Plague in India, 1896, 1897 - Volume 2
Year: 1896
Disease focus: Plague
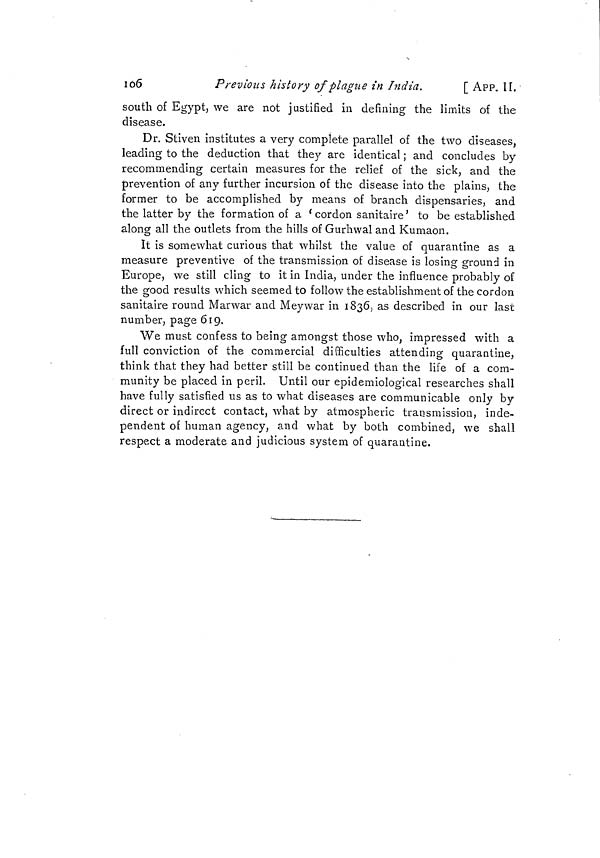
106
Previous history of plague in India.
[App. II.
south of Egypt, we are not justified in defining the limits of the
disease.
Dr. Stiven institutes a very complete parallel of the two diseases,
leading to the deduction that they are identical ; and concludes by
recommending certain measures for the relief of the sick, and the
prevention of any further incursion of the disease into the plains, the
former to be accomplished by means of branch dispensaries, and
the latter by the formation of a 'cordon sanitaire' to be established
along all the outlets from the hills of Gurhwal and Kumaon.
O
It is somewhat curious that whilst the value of quarantine as a
measure preventive of the transmission of disease is losing ground in
Europe, we still cling to it in India, under the influence probably of
the good results which seemed to follow the establishment of the cordon
O
sanitaire round Marwar and Meywar in 1836, as described in our last
number, page 619.
We must confess to being amongst those who, impressed with a
full conviction of the commercial difficulties attending quarantine,
think that they had better still be continued than the life of a com-
munity be placed in peril. Until our epidemiological researches shall
have fully satisfied us as to what diseases are communicable only by
direct or indirect contact, what by atmospheric transmission, inde-
pendent of human agency, and what by both combined, we shall
respect a moderate and judicious system of quarantine.